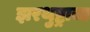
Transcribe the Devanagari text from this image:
झरथुष्ट्राचा